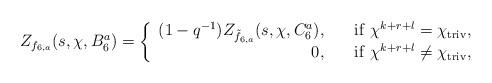
LaTeX: \begin{align*}Z_{f_{6, a}}(s, \chi, B_6^a)={\left\{\begin{array}{rl}(1-q^{-1})Z_{\tilde{f}_{6, a}}(s, \chi, C_6^a),\ \ \ &{\rm if}\ \chi^{k+r+l}=\chi_{\rm triv},\\0,\ \ \ &{\rm if}\ \chi^{k+r+l}\ne \chi_{\rm triv},\end{array}\right.}\end{align*}